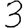
Digit: 3